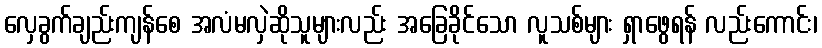
လှေခွက်ချည်းကျန်စေ အလံမလှဲဆိုသူများလည်း အခြေခိုင်သော လူသစ်များ ရှာဖွေရန် လည်းကောင်း၊